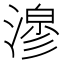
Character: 𭲇